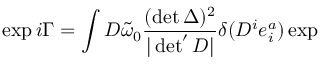
\exp i \Gamma = \int D \tilde { \omega } _ { 0 } \frac { ( \operatorname * { d e t } \Delta ) ^ { 2 } } { | \operatorname * { d e t } ^ { \prime } D | } \delta ( D ^ { i } e _ { i } ^ { a } ) \exp